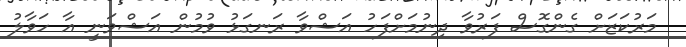
މަރުކަޒަށް ގެންގޮސް ފަރުވާ ދިނުމަށްފަހު އަޝްވާ ރަނގަޅު ވުމުން އަޝްވަނީ އާ ހަވާލު